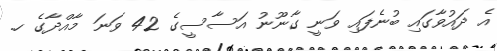
އެ ދައުވާގައި ބުނެފައި ވަނީ ގާނޫނު އަސާސީގެ 42 ވަނަ މާއްދާގެ ހ.